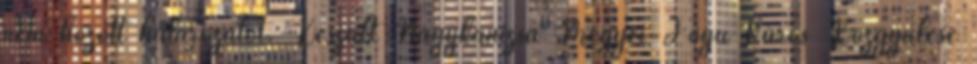
nem hozott határozatot. Készült Nagykanizsa Megyei Jogú Város Közgyűlése